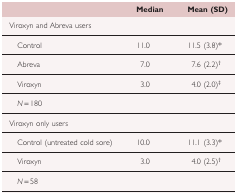
<table><thead><tr><td></td><td><b>Median</b></td><td><b>Mean (SD)</b></td></tr></thead><tbody><tr><td>Viroxyn and Abreva users</td><td></td><td></td></tr><tr><td> Control</td><td>11.0</td><td>11.5 (3.8)*</td></tr><tr><td> Abreva</td><td>7.0</td><td>7.6 (2.2)†</td></tr><tr><td> Viroxyn</td><td>3.0</td><td>4.0 (2.0)‡</td></tr><tr><td> <i>N</i> = 180</td><td></td><td></td></tr><tr><td>Viroxyn only users</td><td></td><td></td></tr><tr><td> Control (untreated cold sore)</td><td>10.0</td><td>11.1 (3.3)*</td></tr><tr><td> Viroxyn</td><td>3.0</td><td>4.0 (2.5)†</td></tr><tr><td> <i>N</i> = 58</td><td></td><td></td></tr></tbody></table>